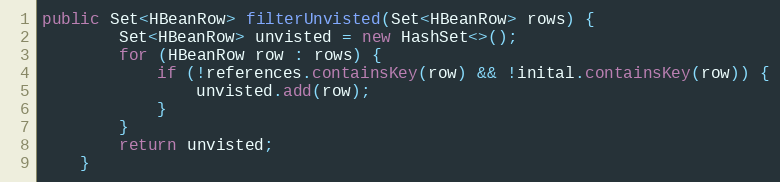
Language: Java
public Set<HBeanRow> filterUnvisted(Set<HBeanRow> rows) {
        Set<HBeanRow> unvisted = new HashSet<>();
        for (HBeanRow row : rows) {
            if (!references.containsKey(row) && !inital.containsKey(row)) {
                unvisted.add(row);
            }
        }
        return unvisted;
    }